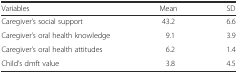
<table><thead><tr><td><b>Variables</b></td><td><b>Mean</b></td><td><b>SD</b></td></tr></thead><tbody><tr><td>Caregiver’s social support</td><td>43.2</td><td>6.6</td></tr><tr><td>Caregiver’s oral health knowledge</td><td>9.1</td><td>3.9</td></tr><tr><td>Caregiver’s oral health attitudes</td><td>6.2</td><td>1.4</td></tr><tr><td>Child’s dmft value</td><td>3.8</td><td>4.5</td></tr></tbody></table>